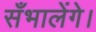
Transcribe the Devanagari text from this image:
सँभालेंगे।